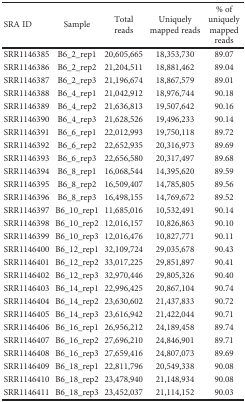
<table><thead><tr><td><b>SRA ID</b></td><td><b>Sample</b></td><td><b>Total reads</b></td><td><b>Uniquely mapped reads</b></td><td><b>% of uniquely mapped reads</b></td></tr></thead><tbody><tr><td>SRR1146385</td><td>B6_2_rep1</td><td>20,605,665</td><td>18,353,730</td><td>89.07</td></tr><tr><td>SRR1146386</td><td>B6_2_rep2</td><td>21,204,511</td><td>18,881,462</td><td>89.04</td></tr><tr><td>SRR1146387</td><td>B6_2_rep3</td><td>21,196,674</td><td>18,867,579</td><td>89.01</td></tr><tr><td>SRR1146388</td><td>B6_4_rep1</td><td>21,042,912</td><td>18,976,744</td><td>90.18</td></tr><tr><td>SRR1146389</td><td>B6_4_rep2</td><td>21,636,813</td><td>19,507,642</td><td>90.16</td></tr><tr><td>SRR1146390</td><td>B6_4_rep3</td><td>21,628,526</td><td>19,496,233</td><td>90.14</td></tr><tr><td>SRR1146391</td><td>B6_6_rep1</td><td>22,012,993</td><td>19,750,118</td><td>89.72</td></tr><tr><td>SRR1146392</td><td>B6_6_rep2</td><td>22,652,935</td><td>20,316,973</td><td>89.69</td></tr><tr><td>SRR1146393</td><td>B6_6_rep3</td><td>22,656,580</td><td>20,317,497</td><td>89.68</td></tr><tr><td>SRR1146394</td><td>B6_8_rep1</td><td>16,068,544</td><td>14,395,620</td><td>89.59</td></tr><tr><td>SRR1146395</td><td>B6_8_rep2</td><td>16,509,407</td><td>14,785,805</td><td>89.56</td></tr><tr><td>SRR1146396</td><td>B6_8_rep3</td><td>16,498,155</td><td>14,769,672</td><td>89.52</td></tr><tr><td>SRR1146397</td><td>B6_10_rep1</td><td>11,685,016</td><td>10,532,491</td><td>90.14</td></tr><tr><td>SRR1146398</td><td>B6_10_rep2</td><td>12,016,157</td><td>10,826,863</td><td>90.10</td></tr><tr><td>SRR1146399</td><td>B6_10_rep3</td><td>12,016,476</td><td>10,827,771</td><td>90.11</td></tr><tr><td>SRR1146400</td><td>B6_12_rep1</td><td>32,109,724</td><td>29,035,678</td><td>90.43</td></tr><tr><td>SRR1146401</td><td>B6_12_rep2</td><td>33,017,225</td><td>29,851,897</td><td>90.41</td></tr><tr><td>SRR1146402</td><td>B6_12_rep3</td><td>32,970,446</td><td>29,805,326</td><td>90.40</td></tr><tr><td>SRR1146403</td><td>B6_14_rep1</td><td>22,996,425</td><td>20,867,104</td><td>90.74</td></tr><tr><td>SRR1146404</td><td>B6_14_rep2</td><td>23,630,602</td><td>21,437,833</td><td>90.72</td></tr><tr><td>SRR1146405</td><td>B6_14_rep3</td><td>23,616,942</td><td>21,422,044</td><td>90.71</td></tr><tr><td>SRR1146406</td><td>B6_16_rep1</td><td>26,956,212</td><td>24,189,458</td><td>89.74</td></tr><tr><td>SRR1146407</td><td>B6_16_rep2</td><td>27,696,210</td><td>24,846,901</td><td>89.71</td></tr><tr><td>SRR1146408</td><td>B6_16_rep3</td><td>27,659,416</td><td>24,807,073</td><td>89.69</td></tr><tr><td>SRR1146409</td><td>B6_18_rep1</td><td>22,811,796</td><td>20,549,338</td><td>90.08</td></tr><tr><td>SRR1146410</td><td>B6_18_rep2</td><td>23,478,940</td><td>21,148,934</td><td>90.08</td></tr><tr><td>SRR1146411</td><td>B6_18_rep3</td><td>23,452,037</td><td>21,114,152</td><td>90.03</td></tr></tbody></table>